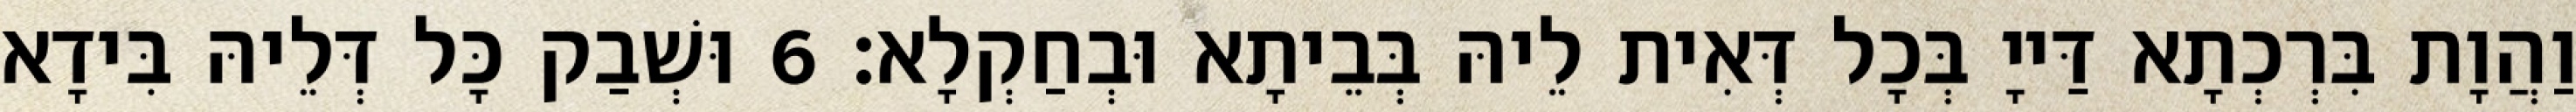
וַהֲוָת בִּרְכְתָא דַּייָ בְּכָל דְּאִית לֵיהּ בְּבֵיתָא וּבְחַקְלָא׃ 6 וּשְׁבַק כָּל דְּלֵיהּ בִּידָא